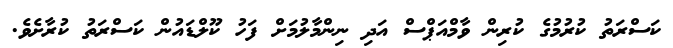
ކަސްރަތު ކުރުމުގެ ކުރިން ވާމްއަޕްސް އަދި ނިންމާލުމަށް ފަހު ކޫލްޑައުން ކަސްރަތު ކުރާށެވެ.